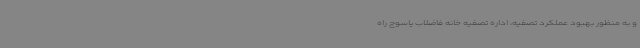
و به منظور بهبود عملکرد تصفیه، اداره تصفیه خانه فاضلاب یاسوج راه